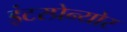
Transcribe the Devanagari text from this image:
इंटरप्रेन्योर